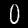
Digit: 0